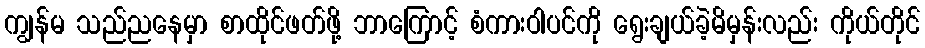
ကျွန်မ သည်ညနေမှာ စာထိုင်ဖတ်ဖို့ ဘာကြောင့် စံကားဝါပင်ကို ရွေးချယ်ခဲ့မိမှန်းလည်း ကိုယ်တိုင်